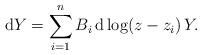
LaTeX: \begin{align*} {\rm d}Y=\sum_{i=1}^nB_i\,{\rm d}\log (z-z_i)\,Y. \end{align*}